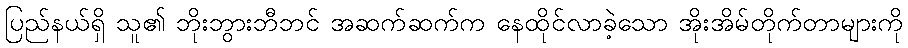
ပြည်နယ်ရှိ သူ၏ ဘိုးဘွားဘီဘင် အဆက်ဆက်က နေထိုင်လာခဲ့သော အိုးအိမ်တိုက်တာများကို